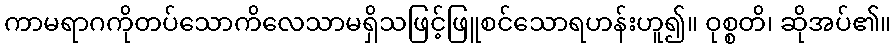
ကာမရာဂကိုတပ်သောကိလေသာမရှိသဖြင့်ဖြူစင်သောရဟန်းဟူ၍။ ဝုစ္စတိ၊ ဆိုအပ်၏။